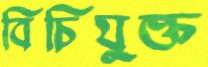
বিচিযুক্ত